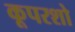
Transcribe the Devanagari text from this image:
कूपरशो